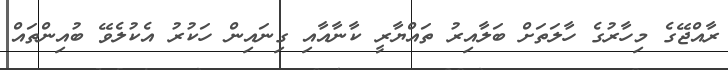
ރާއްޖޭގެ މިހާރުގެ ހާލަތަށް ބަލާއިރު ތައްޔާރީ ކާނާއާއި ގިނައިން ހަކުރު އެކުލެވޭ ބުއިންތައް